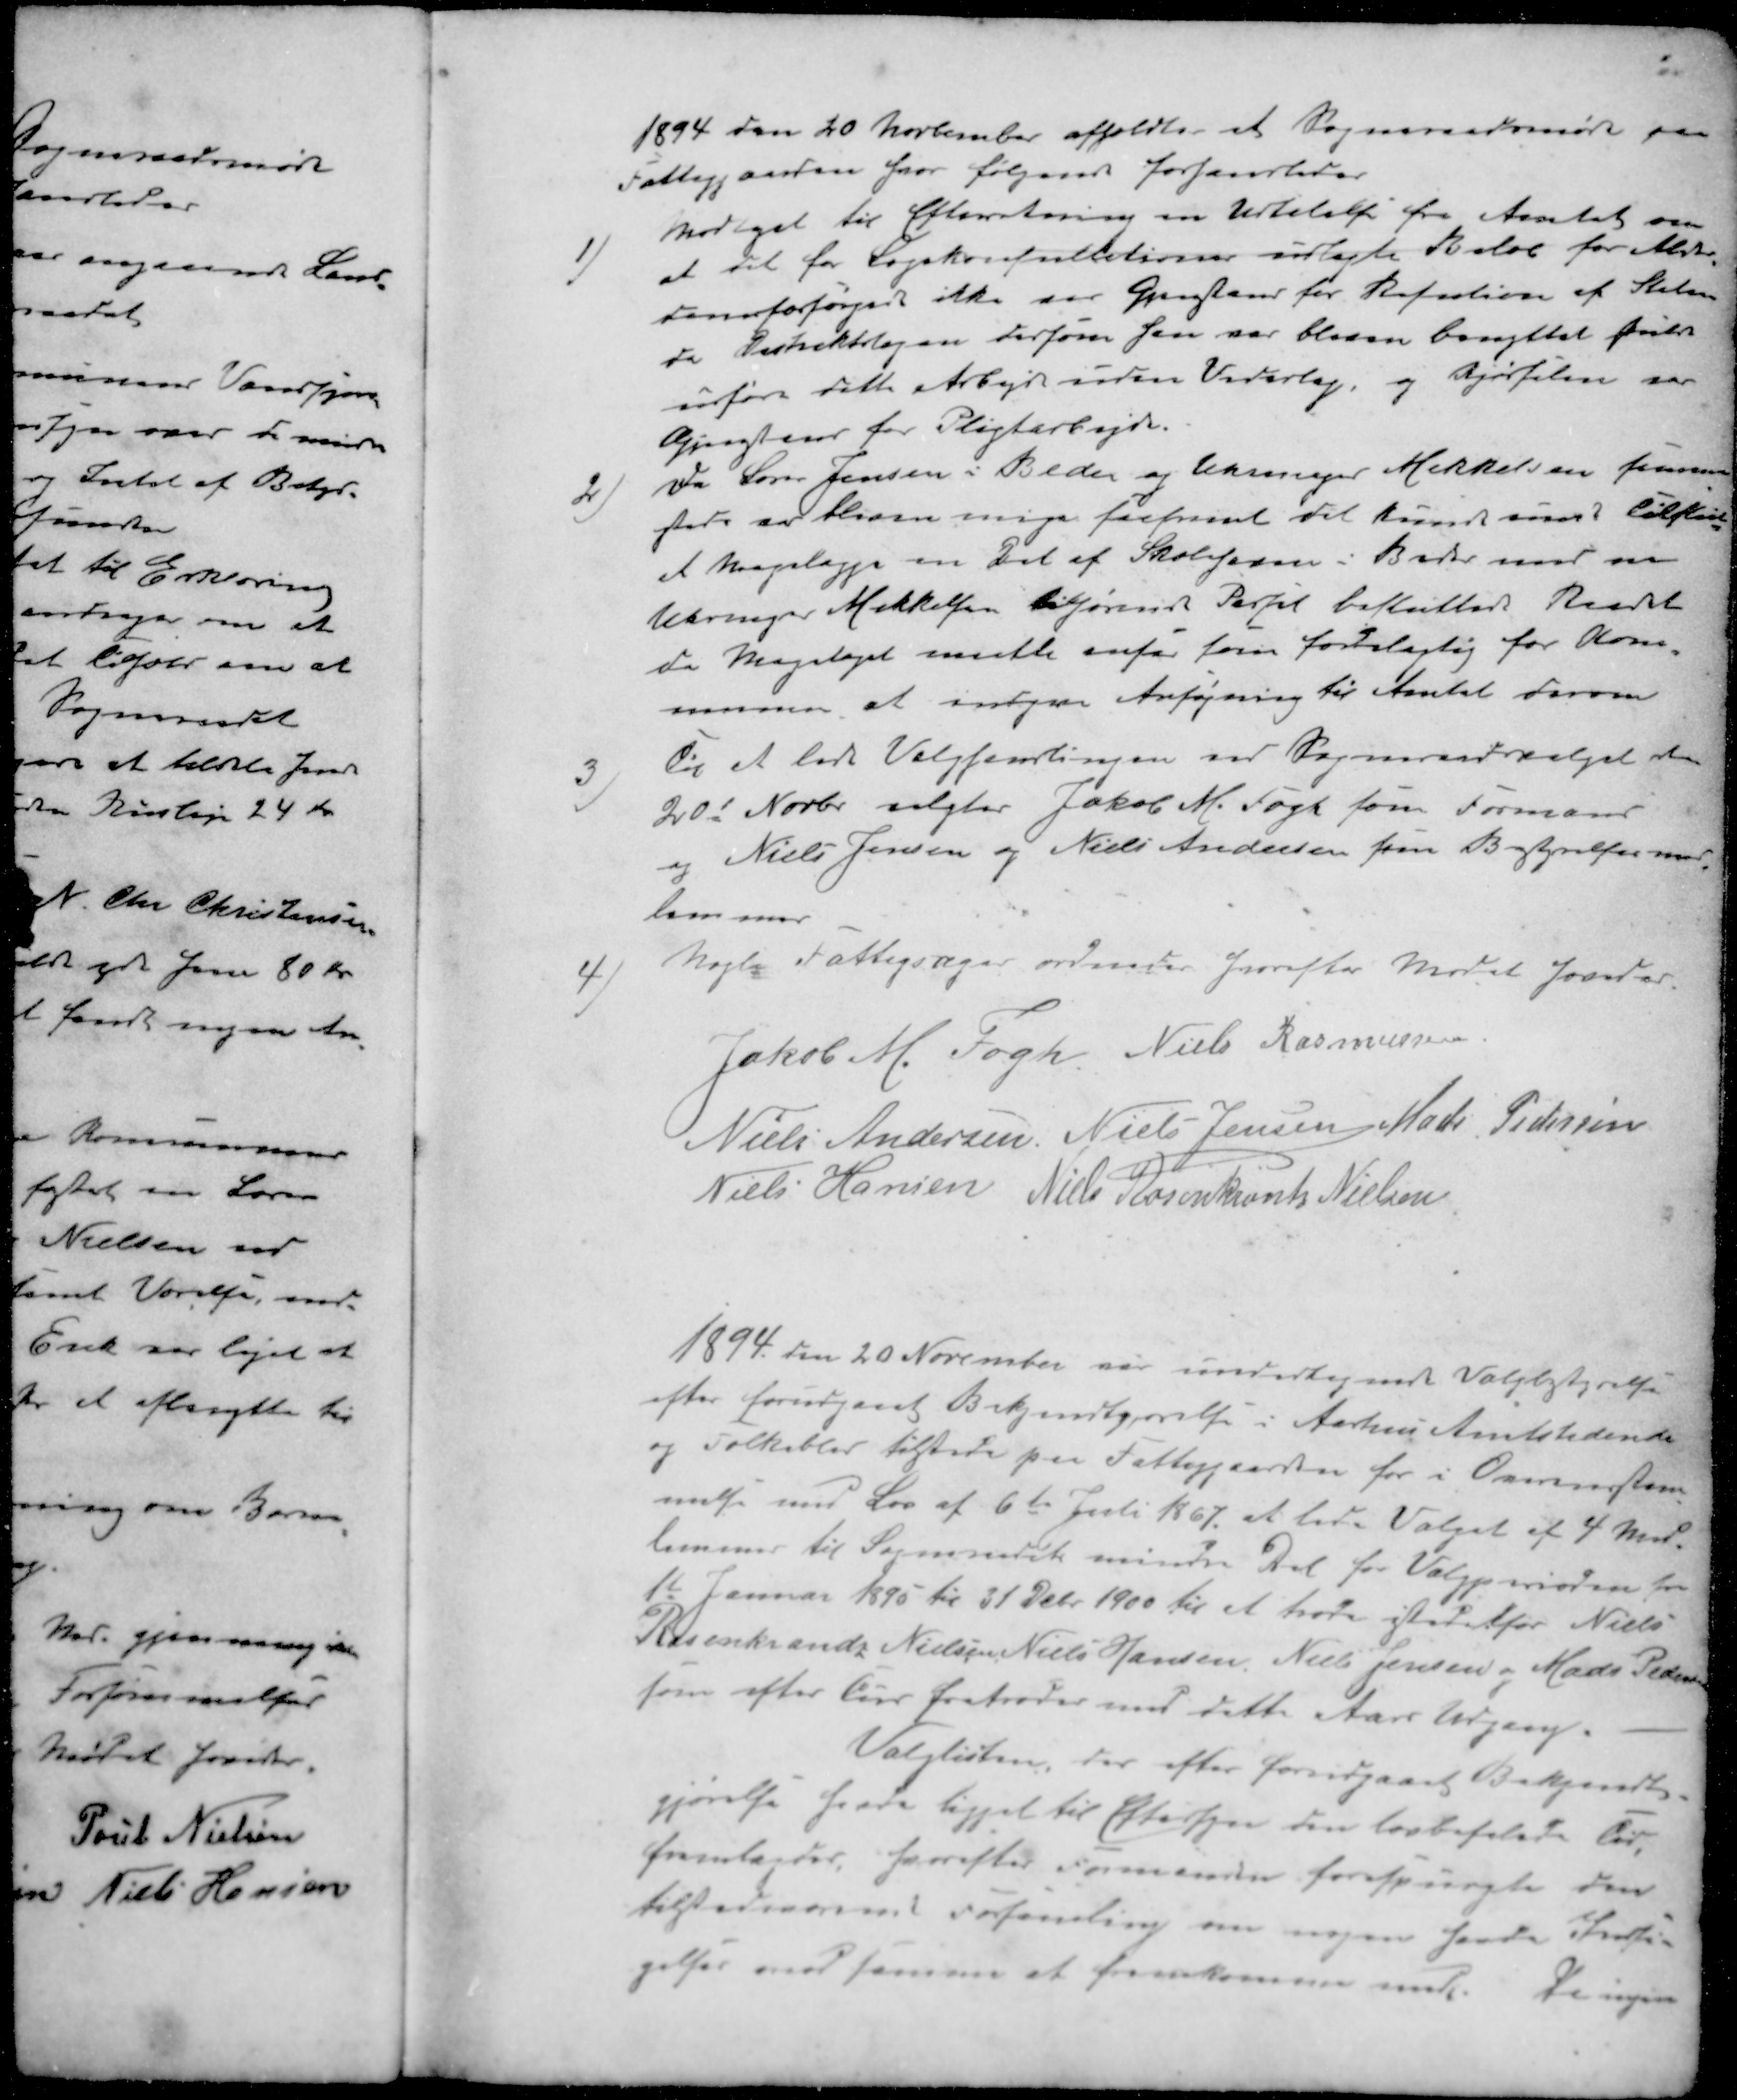
Transskription:
1894 den 20 November afholdtes et Sogneraadsmøde paa
Fattiggaarden hvor følgende forhandledes
1 ) modtaget til Efterretning en Udtalelse fra Amtet om
at det for Lægekonsultationer udlagte Beløb for Alder-
domforsørgede ikke var Gjenstand for Refution af Staten
da Distriktslægen dersom Han var bleven benyttet vilde
udføre dette Arbejde uden Vederlag, og Kjørselen var
Gjenstand for Pligtarbejde.
2 ) Da Søren Jensen i Beder og Urmager Mikkelsen sammen
 er bliven enige saafremt det kunde svare tilstede
at Forslaget en Del af Skoleformen i Beder med en
Urmager Mikkelsen tilhørende Partil besluttede Raadet
da Forslaget maatte anses som foreslagtig for Kom-
munen at innsende Ansøgning til Amtet herom
3 ) Til at lede Valgsamlingen ved Sogneraadsvalget den
20d Novbr. valgtes Jakob M. Fogt som Formand
og Niels Jensen og Niels Andersen som Bestyrelsesmed-
lemmer
4 ) Nogle Fattigsager ordnedes hvorefter Mødet hævedes
Jakob M. Fogh
Niels Rasmussen
Niels Andersen
Niels Jensen
Mads Pedersen
Niels Hansen
Niels Rosenkrants Nielsen
1894 den 20 November var undertegnede Valgbestyrelse
efter forudgaaet Bekjendtgørelse i Aarhus Amtstidende
og Folkeblad tilstede paa Fattiggaarden for i Overensstem-
melse med Lov af 6te Juli 1867, at lede Valget af 4 Med-
lemmer til Sogneraadets mindre Del for Valgperioden fra
1t Januar 1895 til 31 Debr 1900 til at træde istedetfor Niels
Rosenkrands Nielsen Niels Hansen Niels Jensen og Mads Pedersen
som efter tur fratræder med dette Aars Udgang.
Valglisten, der efter forudgaaet Bekjendt-
gjørelse havde ligget til Eftersyn den lovbefalede Tid
fremlagdes, hvorefter Formanden forespurgte den
tilstedeværende Forsamling om nogen havde Indsi-
gelser mod samme at fremkomme med. Da ingen